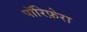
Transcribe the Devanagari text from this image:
पॉरिफ़ेरा